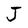
Character: J